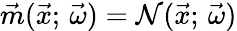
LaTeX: \vec{m}(\vec{x};\, \vec{\omega})=\mathcal{N}(\vec{x};\, \vec{\omega})